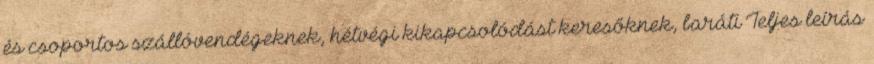
és csoportos szállóvendégeknek, hétvégi kikapcsolódást keresőknek, baráti Teljes leírás